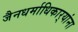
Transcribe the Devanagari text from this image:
जैनधर्माधिकार्‍यांना